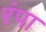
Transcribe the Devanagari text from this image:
रंपा